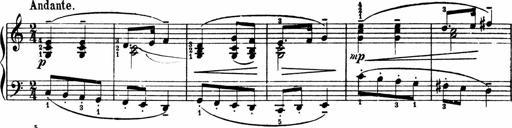
Title: 2 Sonatinen
Composer: Lambertus Adrianus van Tetterode